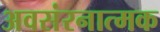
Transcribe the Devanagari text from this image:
अवसंरनात्मक